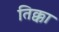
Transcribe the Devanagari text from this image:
तिक्का